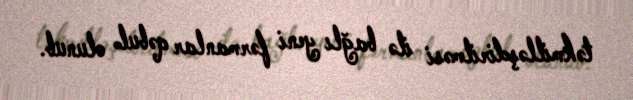
təkmilləşdirilməsi ilə bağlı yeni fərmanlar qəbul olunub.